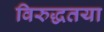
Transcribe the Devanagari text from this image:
विरुद्धतया